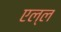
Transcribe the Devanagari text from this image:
एल्ल